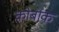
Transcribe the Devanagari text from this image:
कोर्बाक